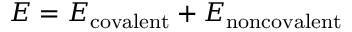
\ E = E _ { \mathrm { c o v a l e n t } } + E _ { \mathrm { n o n c o v a l e n t } }